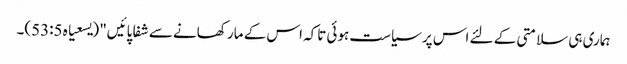
ہماری ہی سلامتی کے لئے اس پر سیاست ہوئی تاکہ اس کے مار کھانے سے شفا پائیں" (یسعیاہ 53:5)۔